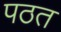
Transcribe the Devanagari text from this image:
पठत